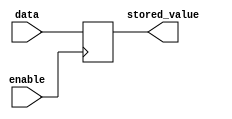
module EnableLatch(
    input wire data,
    input wire enable,
    output reg stored_value
);

always @ (posedge enable)
begin
    if (enable == 1'b1)
        stored_value <= data;
end

endmodule